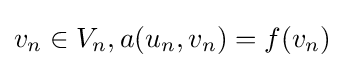
v_{n}\in V_{n},a(u_{n},v_{n})=f(v_{n})